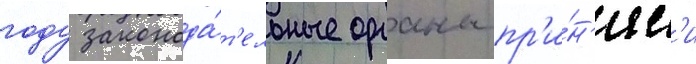
году законода́т'ельные органы пр'и́н'ял'и